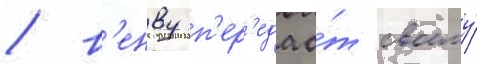
/ в'енву п'ер'едао́т своему́